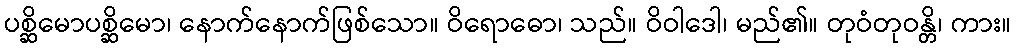
ပစ္ဆိမောပစ္ဆိမော၊ နောက်နောက်ဖြစ်သော။ ဝိရောဓော၊ သည်။ ဝိဝါဒေါ၊ မည်၏။ တုဝံတုဝန္တိ၊ ကား။